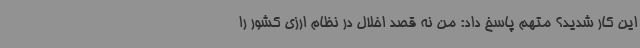
این کار شدید؟ متهم پاسخ داد: من نه قصد اخلال در نظام ارزی کشور را